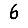
Digit: 6